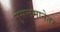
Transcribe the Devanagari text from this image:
मुसलमानेतर